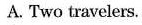
A. Two travelers.